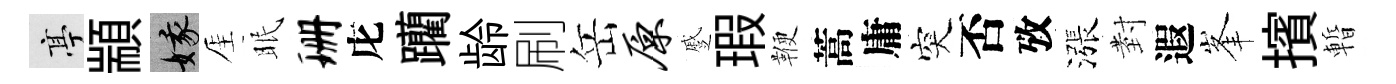
亭顓娥厓眠珊庀躪龄刷岳原蹙瑕鞭蒿庸突否攷漲𭔹遐峯擯暫